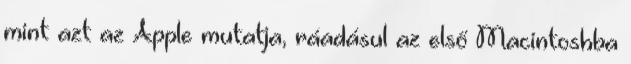
mint azt az Apple mutatja, ráadásul az első Macintoshba